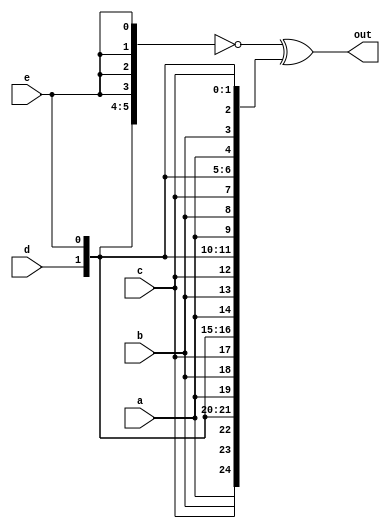
module top_module(
	input a,b,c,d,e,
	output [24:0] out
);
	wire [24:0] t1,t2;
	assign t1 = {{5{a}},{5{b}},{5{c}},{5{d}},{5{e}}};
	assign t2 = {5{a,b,c,d,e}};
	assign out = ~ t1 ^ t2;

endmodule